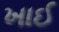
ખાઈ